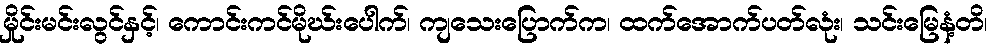
မှိုင်းမင်းလွင်နှင့်၊ ကောင်းကင်မိုဃ်းပေါက်၊ ကျသေးပြောက်က၊ ထက်အောက်ပတ်လုံး၊ သင်းမြေနံ့တိ၊